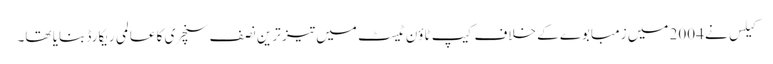
کیلس نے 2004 میں زمبابوے کے خلاف کیپ ٹاؤن ٹیسٹ میں تیز ترین نصف سنچری کا عالمی ریکارڈ بنایا تھا۔